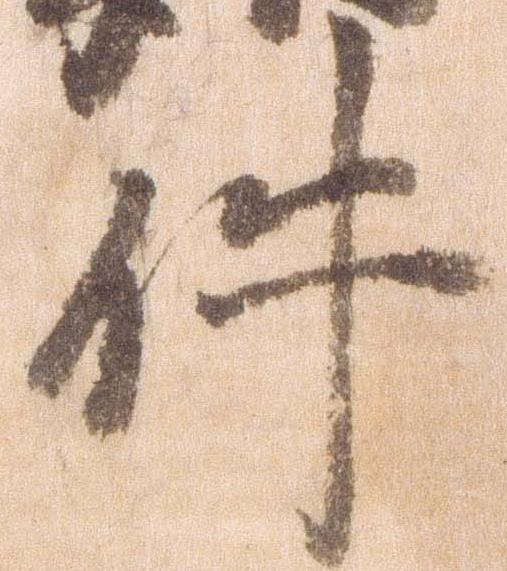
件